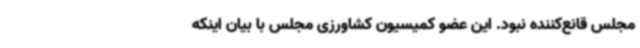
مجلس قانع‌کننده نبود. این عضو کمیسیون کشاورزی مجلس با بیان اینکه